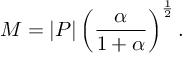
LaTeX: M = | P | \left( { \frac { \alpha } { 1 + \alpha } } \right) ^ { \frac { 1 } { 2 } } .